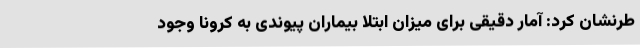
طرنشان ‌کرد: آمار دقیقی برای میزان ابتلا بیماران پیوندی به کرونا وجود